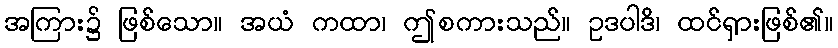
အကြား၌ ဖြစ်သော။ အယံ ကထာ၊ ဤစကားသည်။ ဥဒပါဒိ၊ ထင်ရှားဖြစ်၏။